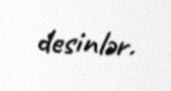
desinlər.